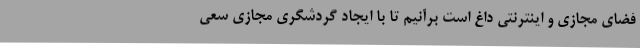
فضای مجازی و اینترنتی داغ است برآنیم تا با ایجاد گردشگری مجازی سعی